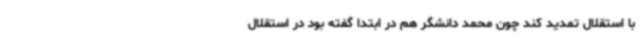
با استقلال تمدید کند چون محمد دانشگر هم در ابتدا گفته بود در استقلال